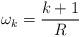
LaTeX: \begin{align*}\omega_k=\frac{k+1}{R}\end{align*}